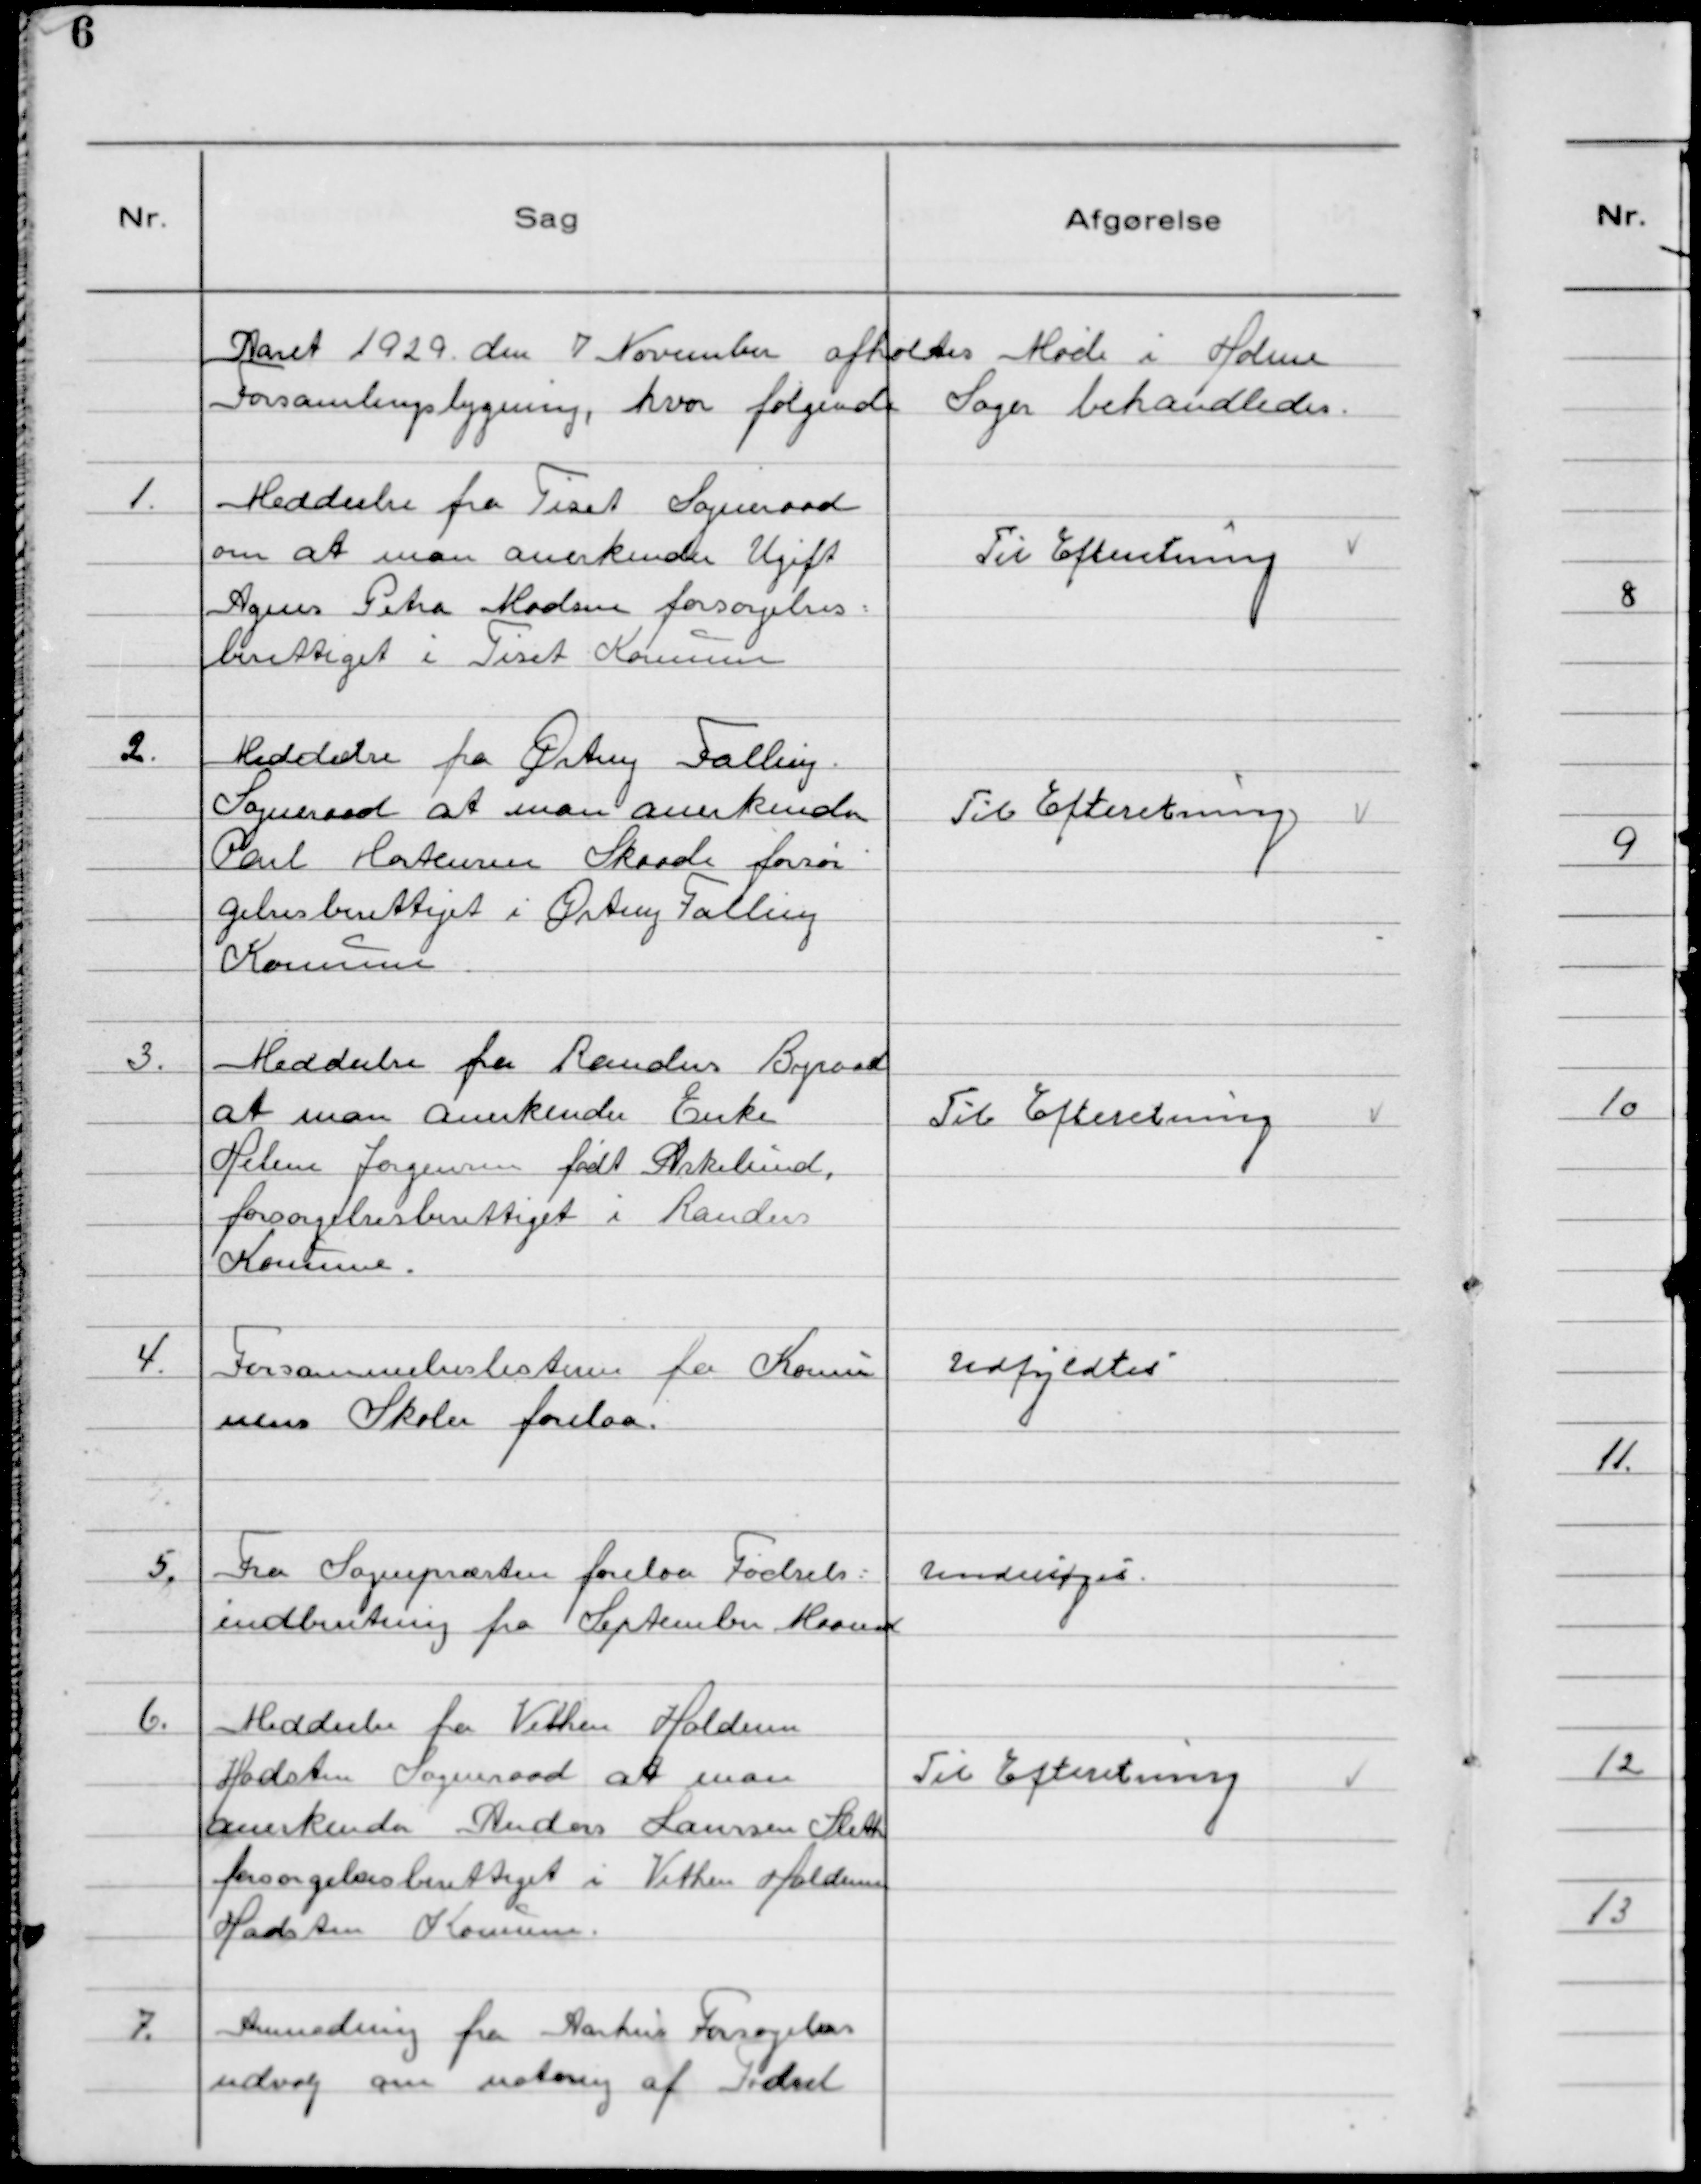
Transskription:
Aaret 1929 den 7. November afholtes Møde i Holme
Forsamlingsbygning, hvor følgende Sager behandledes.

1. Meddeelse fra Tiset Sogneraad
om at man anerkender Ugift
Agnes Petra Madsen forsorgelses=
berettiget i Tiset Kommune

Til Efterretning

2. Meddeelse fra Ørting Falling
Sogneraad at man anerkender
Poul Mortensen Skaade forsør
gelsesberettiget i Ørting Falling
Kommune

Til Efterretning

3. Meddeelse fra Randers Byraad
at man anerkender Enke
Helene Jørgensen født Aakelund
forsorgelsesberettiget i Randers
Kommune.

Til Efterretning

4. Forsommelseslisterne fra Kommu
nens Skoler forelaa.

Udfyldtes

5. Fra Sognepræsten forelaa Fødsels=
indberetning fra September Maaned

Undersøges.

6. Meddeelse fra Vithen Haldum
Hadsten Sogneraad at man
anerkender Anders Laursen Sleth
forsorgelsesberettiget i Vithen Haldum
Hadsten Kommune.

Til Efterretning

7. Anmodning fra Aarhus Forsogelses
udvalg om notering af Fodsel